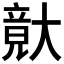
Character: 𡙴